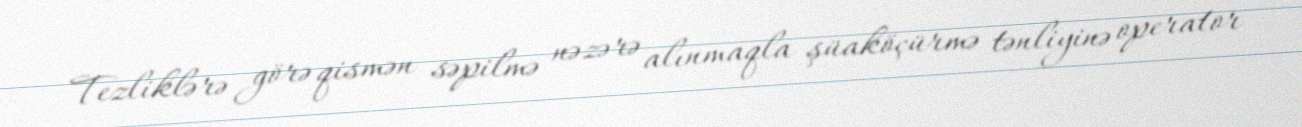
Tezliklərə görə qismən səpilmə nəzərə alınmaqla şüaköçürmə tənliyinə operator